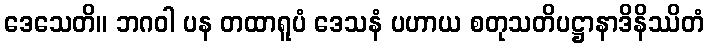
ဒေသေတိ။ ဘဂဝါ ပန တထာရူပံ ဒေသနံ ပဟာယ စတုသတိပဋ္ဌာနာဒိနိဿိတံ